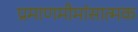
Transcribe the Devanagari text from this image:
प्रमाणमीमांसात्मक